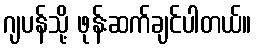
ဂျပန်သို့ ဖုန်းဆက်ချင်ပါတယ်။